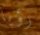
رؤيا